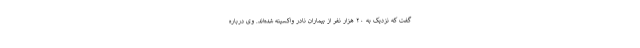
گفت که نزدیک به ۲۰ هزار نفر از بیماران نادر واکسینه شده‌اند. وی درباره